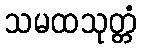
သမထသုတ္တံ